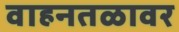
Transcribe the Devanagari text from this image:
वाहनतळावर